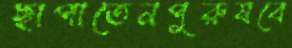
ছাপাতেনপুরুষবে